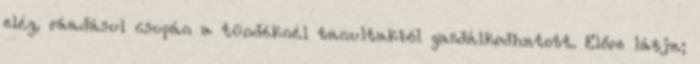
elég, ráadásul csupán a tündéknél tanultakból gazdálkodhatott. Előre látja;